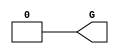
// This program was cloned from: https://github.com/fredrequin/verilator_xilinx
// License: BSD 2-Clause "Simplified" License

`ifdef verilator3
`else
`timescale 1 ps / 1 ps
`endif
//
// GND primitive for Xilinx FPGAs
// Compatible with Verilator tool (www.veripool.org)
// Copyright (c) 2019-2022 Frdric REQUIN
// License : BSD
//

/* verilator coverage_off */
module GND
(
    output wire G
);

    assign G = 1'b0;

endmodule
/* verilator coverage_on */